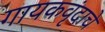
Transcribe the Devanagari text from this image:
गायकवृंदाचे